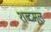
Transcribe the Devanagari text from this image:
शब्दमृल